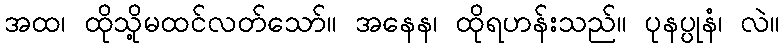
အထ၊ ထိုသို့မထင်လတ်သော်။ အနေန၊ ထိုရဟန်းသည်။ ပုနပ္ပုနံ၊ လဲ။